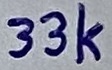
Text: 33k